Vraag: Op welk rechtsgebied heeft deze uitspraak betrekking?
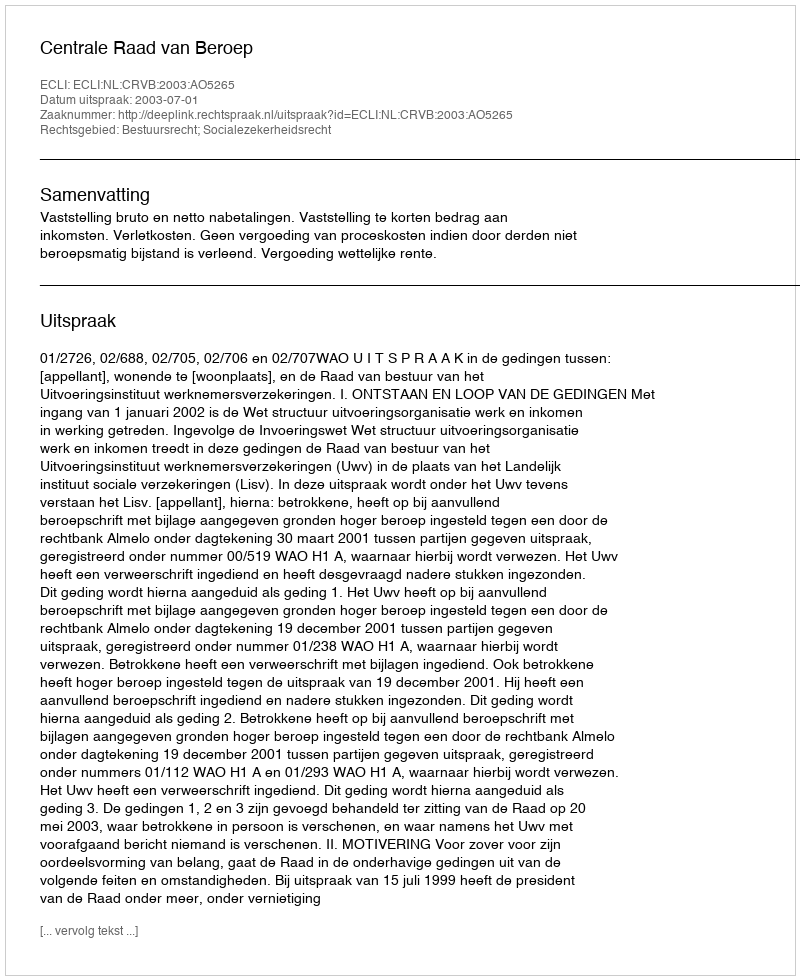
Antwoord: Bestuursrecht; Socialezekerheidsrecht